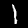
Digit: 1